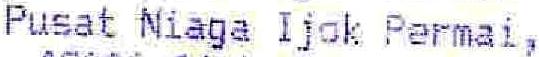
PUSAT NIAGA IJOK PERMAI,